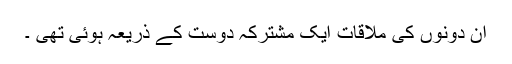
ان دونوں کی ملاقات ایک مشترکہ دوست کے ذریعہ ہوئی تھی ۔